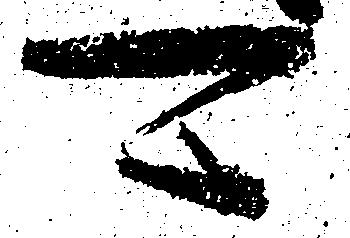
可